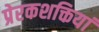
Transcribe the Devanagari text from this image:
प्रेरकशक्तियां